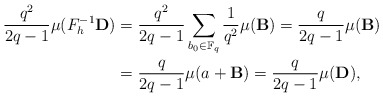
\begin{align*}\frac{q^{2}}{2q-1} \mu (F_{h}^{-1}{\bf D}) &= \frac{q^{2}}{2q-1} \sum_{b_{0} \in \mathbb F_{q}} \frac{1}{q^{2}} \mu ({\bf B})= \frac{q}{2q-1} \mu (\mathbf B) \\&= \frac{q}{2q-1} \mu(a + {\bf B}) = \frac{q}{2q-1} \mu({\bf D}) , \end{align*}